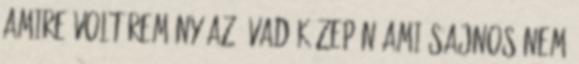
amire volt remény az évad közepén ami sajnos nem